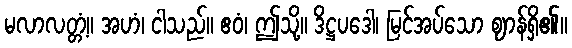
မလာလတ္တံ့။ အဟံ၊ ငါသည်။ ဧဝံ၊ ဤသို့။ ဒိဋ္ဌပဒေါ၊ မြင်အပ်သော ဈာန်ရှိ၏။